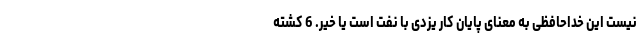
نیست این خداحافظی به معنای پایان کار یزدی با نفت است یا خیر. 6 کشته